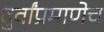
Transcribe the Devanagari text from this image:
दुर्वांप्रमाणेच